Report on plague in the Punjab from October 1st ... to September 30th ..., being the ... season of plague in the province
Disease focus: Plague
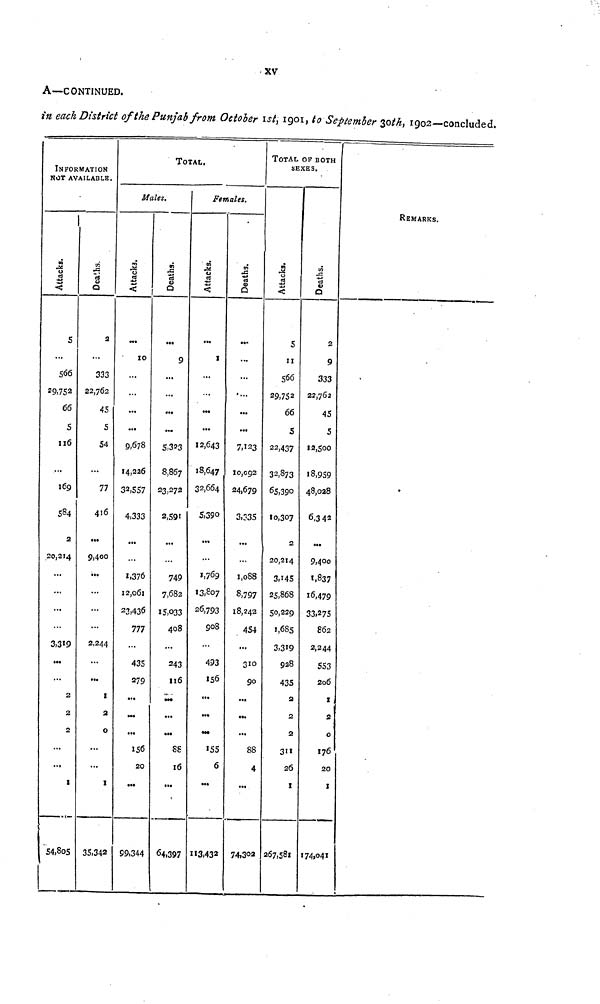
XV
A—CONTINUED.
in each District of the Punjab from October 1st, 1901, to September 30th } 1902—concluded.
INFORMATION
NOT AVAILABLE.
Attacks.
5
...
566
29,752
66
5
116
...
169
584
2
20,214
...
...
...
...
3,319
...
...
2
2
2
...
...
1
54,805
Dea'.hs.
2
...
333
22,762
45
5
54
...
77
416
...
9,400
...
...
...
...
2,244
...
...
1
2
0
...
...
1
35,342
TOTAL.
Males.
Attacks.
...
10
...
...
...
...
9,678
14,226
33,557
4.333
...
...
1,376
12,061
23,436
777
...
435
279
...
...
...
156
20
...
99,344
Deaths.
...
9
...
...
...
...
5,323
8,867
23,272
2,591
...
...
749
7,682
15,033
408
...
243
116
...
...
...
88
16
...
64,397
TOTAL OF BOTH
SEXES.
Females.
Attacks.
...
1
...
...
...
...
12,643
18,647
32,664
5,390
...
...
1,769
13,807
26,793
908
...
493
156
...
...
...
155
6
...
113,432
Deaths.
...
...
...
....
...
...
7,123
10,092
24,679
3,335
...
...
1,088
8,797
18,242
454
...
310
90
...
...
...
88
4
...
74,302
Attacks.
5
11
566
29,752
66
5
22,437
32,873
65,390
10,307
2
20,214
3,145
25,868
50,229
1,685
3,319
928
435
2
2
2
311
26
1
267,581
Deaths.
2
9
333
22,762
45
5
12,500
18,959
48,028
6,342
...
9,400
1,837
16,479
33,275
862
2,244
553
206
1
2
0
176
20
1
174,041
REMARKS.